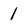
Character: 1